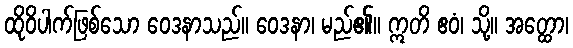
ထိုဝိပါက်ဖြစ်သော ဝေဒနာသည်။ ဝေဒနာ၊ မည်၏။ ဣတိ ဧဝံ၊ သို့။ အတ္ထော၊